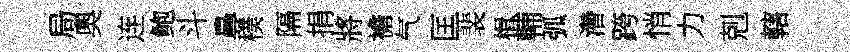
局奧连鲍斗鼻樸隔捐將襜气匡裴楫輔弧濳跨悄力剋轄